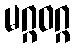
မဂ္ဂဝဂ္ဂ